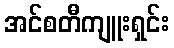
အင်စတီကျူးရှင်း